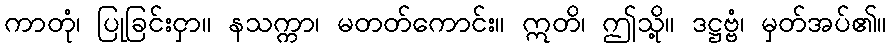
ကာတုံ၊ ပြုခြင်းငှာ။ နသက္ကာ၊ မတတ်ကောင်း။ ဣတိ၊ ဤသို့။ ဒဋ္ဌဗ္ဗံ၊ မှတ်အပ်၏။